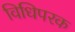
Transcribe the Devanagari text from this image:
विधिपरक